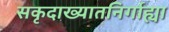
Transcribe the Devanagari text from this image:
सकृदाख्यातनिर्गाह्या